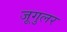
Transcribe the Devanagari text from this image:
जूगुलर